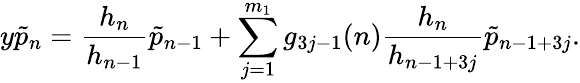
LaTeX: y\tilde{p}_{n}=\frac{h_{n}}{h_{n-1}}\tilde{p}_{n-1}+\sum_{j=1}^{m_{1}}g_{3j-1}(n)\frac{h_{n}}{h_{n-1+3j}}\tilde{p}_{n-1+3j}.